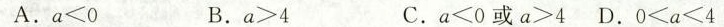
A.$$a<0$$B.$$a>4$$C.$$a<0$$或$$a>4$$D.$$0<a<4$$